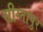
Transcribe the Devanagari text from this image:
सीग्नापुर